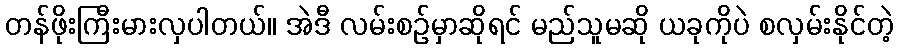
တန်ဖိုးကြီးမားလှပါတယ်။ အဲဒီ လမ်းစဉ်မှာဆိုရင် မည်သူမဆို ယခုကိုပဲ စလှမ်းနိုင်တဲ့